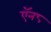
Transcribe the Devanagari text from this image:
ऍन८